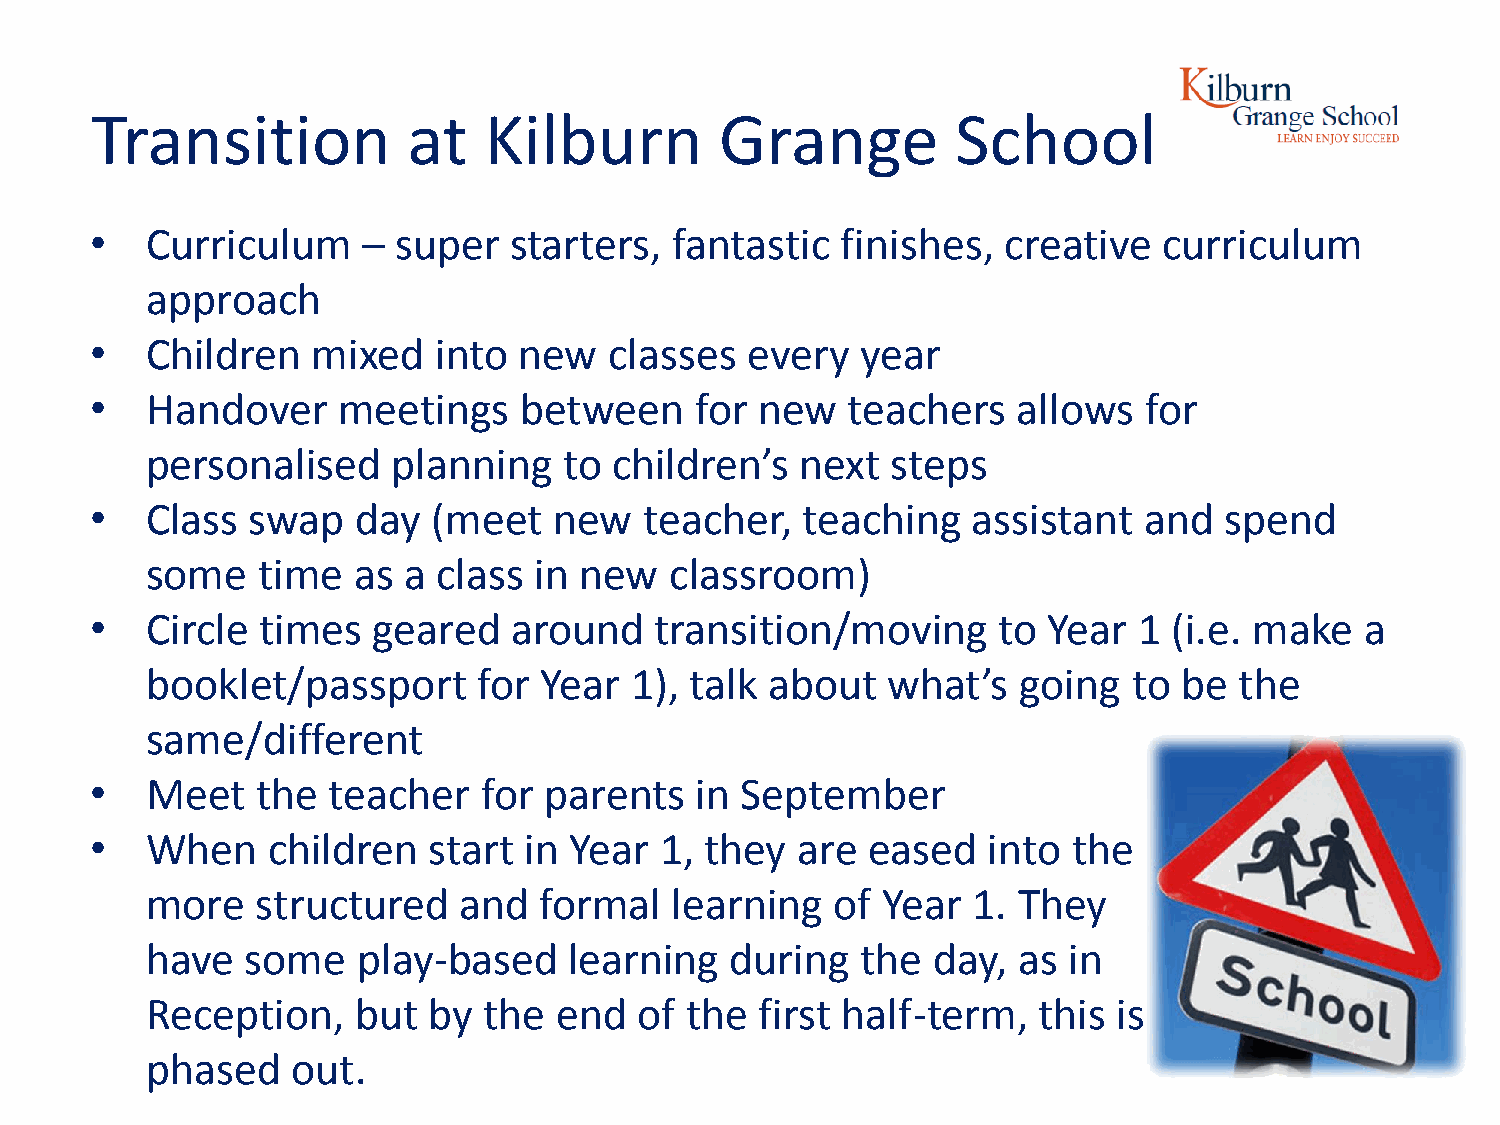
Transition           at   Kilburn         Grange         School
 •   Curriculum    – super   starters,  fantastic  finishes,  creative  curriculum
 approach
 •   Children   mixed   into new   classes  every   year
 •   Handover    meetings    between     for new   teachers   allows   for
 personalised    planning   to  children’s  next  steps
 •   Class  swap   day  (meet   new   teacher,  teaching   assistant   and  spend
 some   time  as  a class in new   classroom)
 •   Circle times   geared   around   transition/moving      to Year  1  (i.e. make  a
 booklet/passport      for Year  1), talk about   what’s   going  to be  the
 same/different
 •   Meet   the  teacher   for parents   in September
 •   When    children  start  in Year  1, they  are  eased  into  the
 more   structured   and   formal   learning  of Year  1. They
 have  some    play-based    learning  during   the  day, as  in
 Reception,    but by  the  end  of the  first half-term,   this is
 phased   out.